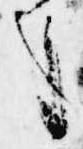
事